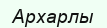
Архарлы